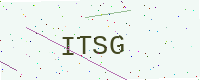
Text: ITSG